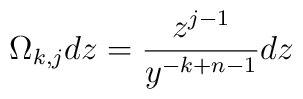
\Omega _{k,j}dz={\frac{z^{j-1}}{y^{-k+n-1}}}dz